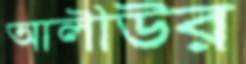
আলীউর